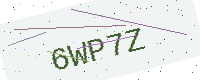
Text: 6WP7Z